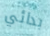
بدائي